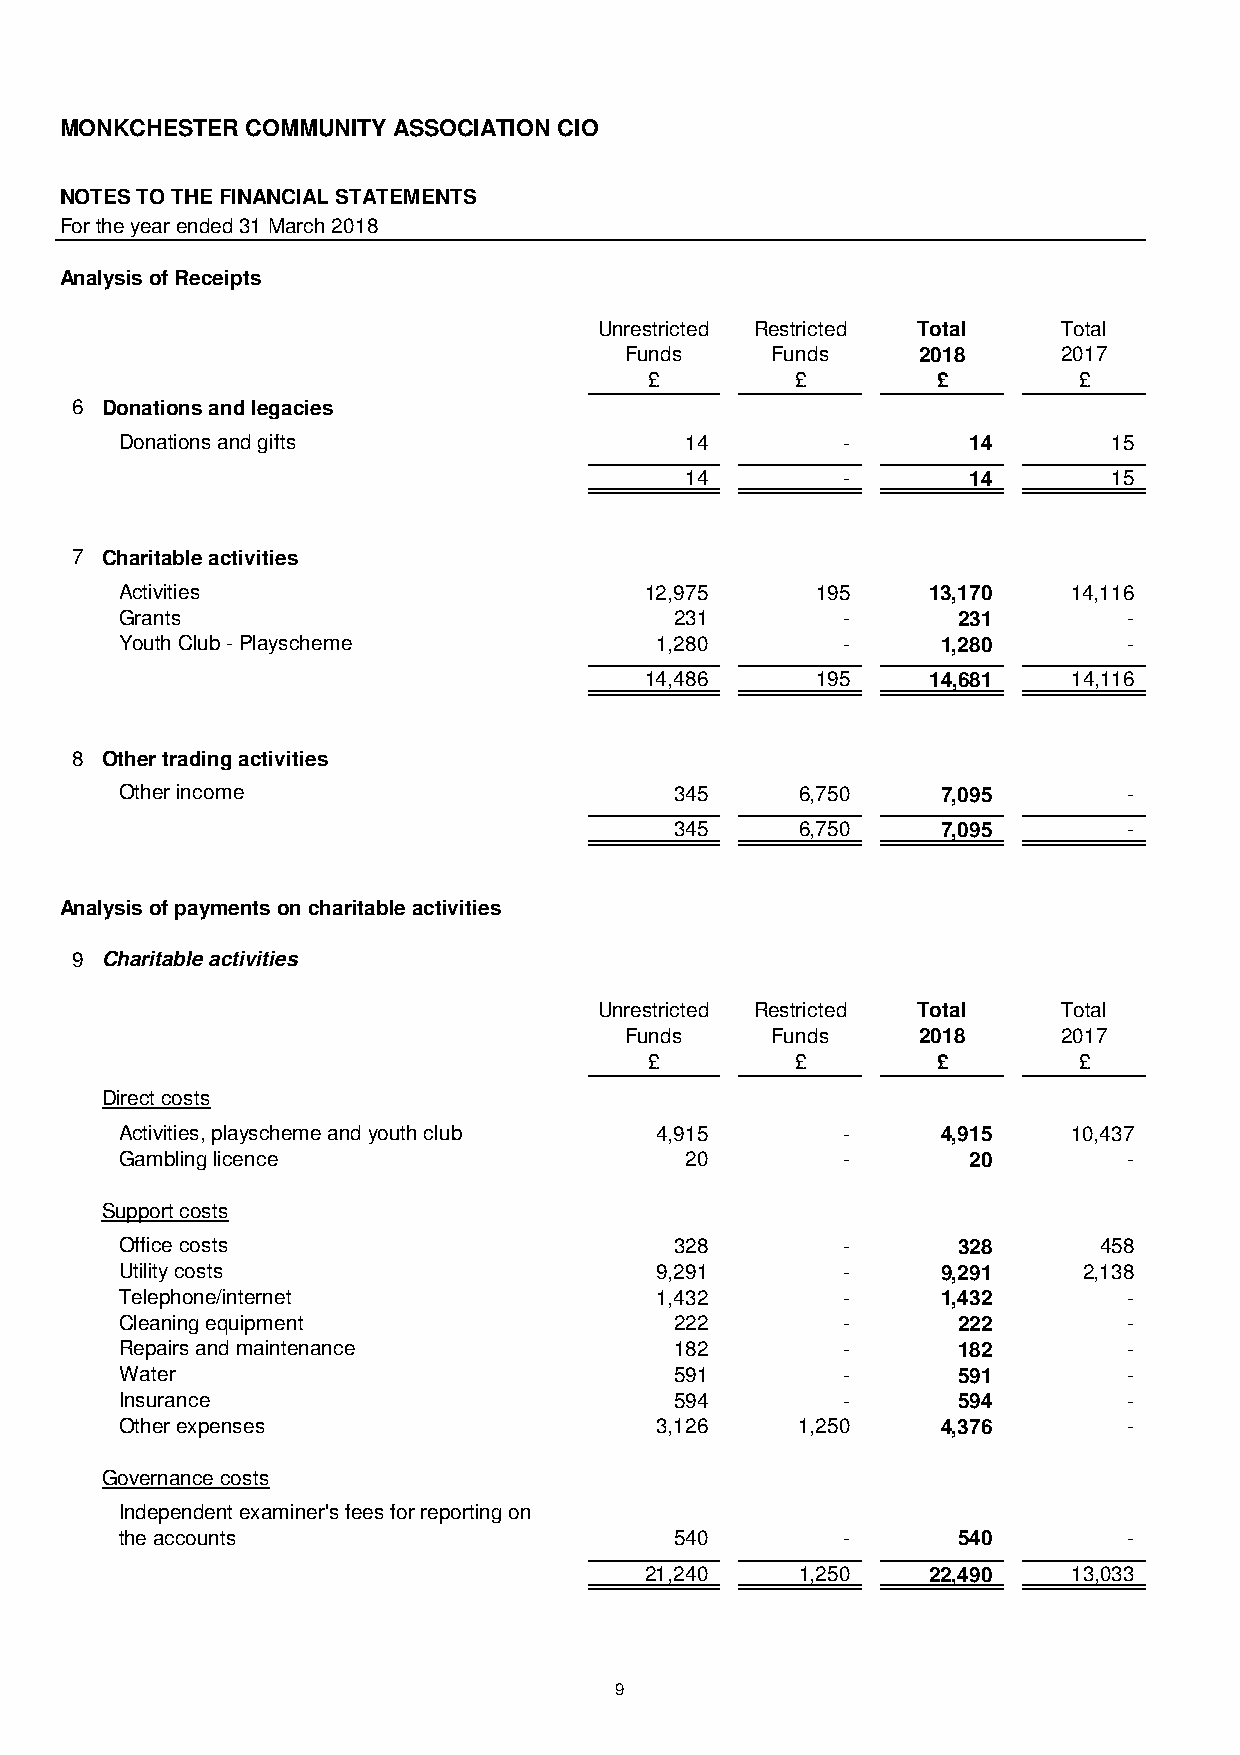
MONKCHESTER COMMUNITY ASSOCIATION CIO
 NOTES TO THE FINANCIAL STATEMENTS
 For the year ended 31 March 2018
 Analysis of Receipts
 Unrestricted Restricted Total Total
 Funds     Funds     2018     2017
 £         £        £        £
 6 Donations and legacies
 Donations and gifts                  14         -       14        15
 -
 1 4        -       14        15
 7 Charitable activities
 Activities                         12,975     195    13,170    14,116
 Grants                               231        -      231         -
 Youth Club - Playscheme            1,280        -     1,280        -
 1 4,486    195    14,681    14,116
 8 Other trading activities
 Other income                         345     6,750    7,095        -
 -
 3 45    6,750    7,095        -
 Analysis of payments on charitable activities
 9 Charitable activities
 Unrestricted Restricted Total Total
 Funds     Funds     2018     2017
 £         £        £        £
 Direct costs
 Activities, playscheme and youth club 4,915     -     4,915    10,437
 Gambling licence                     20         -       20         -
 Support costs
 Office costs                         328        -      328       458
 Utility costs                      9,291        -     9,291     2,138
 Telephone/internet                 1,432        -     1,432        -
 Cleaning equipment                   222        -      222         -
 Repairs and maintenance              182        -      182         -
 Water                                591        -      591         -
 Insurance                            594        -      594         -
 Other expenses                     3,126     1,250    4,376        -
 Governance costs
 Independent examiner's fees for reporting on
 the accounts                         540        -      540         -
 2 1,240   1,250   22,490    13,033
 9